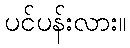
ပင်ပန်းလား။